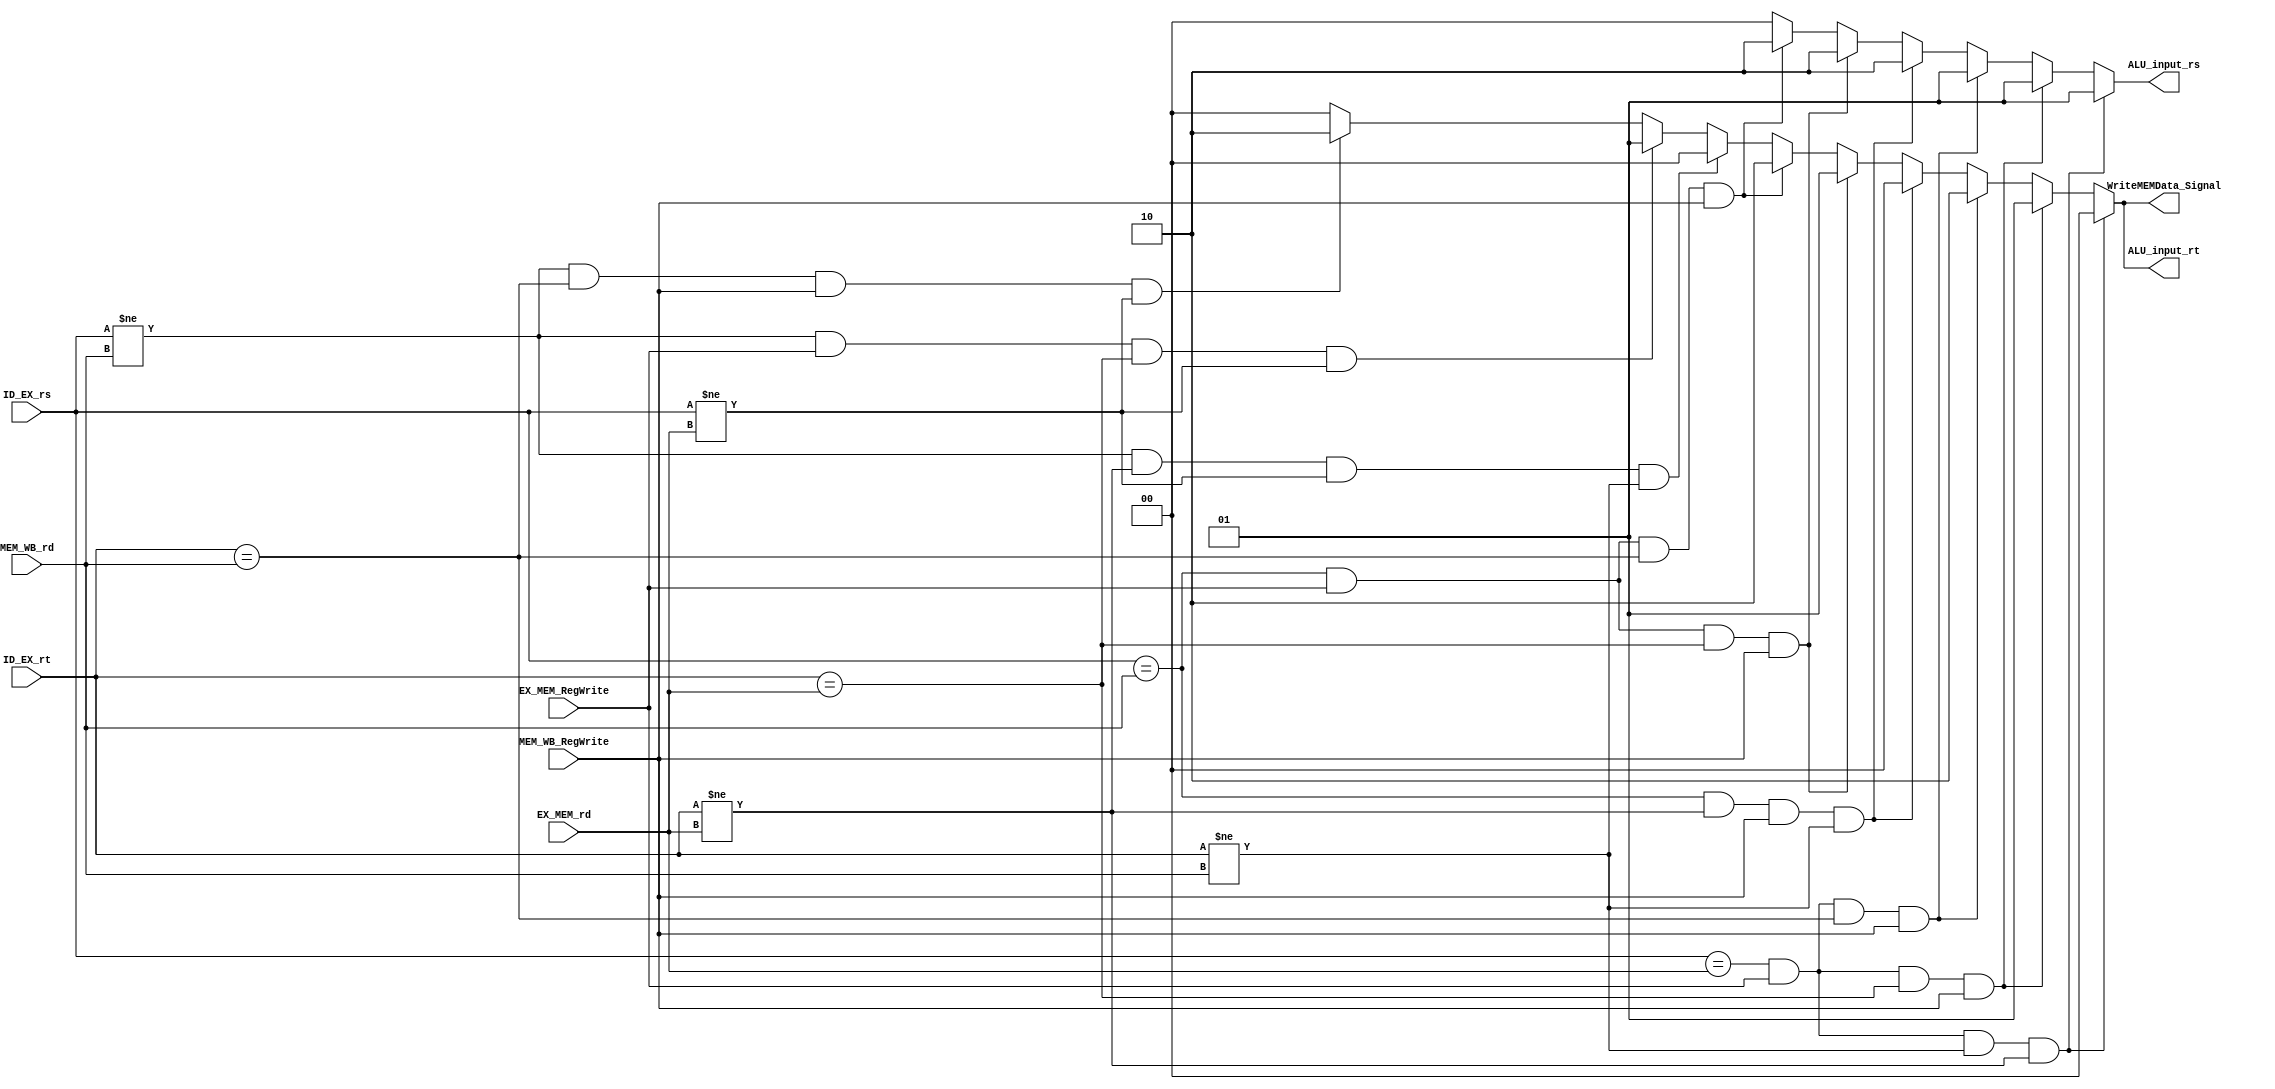
`timescale 1ns / 1ps

module ForwardingUnit(EX_MEM_RegWrite, EX_MEM_rd, MEM_WB_RegWrite, MEM_WB_rd, ID_EX_rs, ID_EX_rt, ALU_input_rs, ALU_input_rt, WriteMEMData_Signal);

    input EX_MEM_RegWrite, MEM_WB_RegWrite;
    input [4:0] EX_MEM_rd, MEM_WB_rd;
    input [4:0] ID_EX_rs, ID_EX_rt;
    output reg [1:0] WriteMEMData_Signal;
    output reg [1:0] ALU_input_rs, ALU_input_rt;
    // MUX SIGNAL KEY:
    // 0 --> value from ID_EX pipeline register
    // 1 --> forwarding from Memory
    // 2 --> forwarding from WriteBack


    initial begin
            ALU_input_rs <= 0;
            ALU_input_rt <= 0;
            WriteMEMData_Signal <= 0;
    end
        always @(*)begin
        if (ID_EX_rs == EX_MEM_rd && EX_MEM_RegWrite == 1 && ID_EX_rt != MEM_WB_rd /* && MEM_WB_RegWrite == 0 */ &&
                                                             ID_EX_rt != EX_MEM_rd)
        begin
            ALU_input_rs <= 1;
            ALU_input_rt <= 0;
            WriteMEMData_Signal <= 0;
        end
        // rs from EX_MEM   rt is default

        else if (ID_EX_rs == EX_MEM_rd && EX_MEM_RegWrite == 1 && ID_EX_rt == EX_MEM_rd && MEM_WB_RegWrite == 1)
        begin
            ALU_input_rs <= 1;
            ALU_input_rt <= 1;
            WriteMEMData_Signal <= 1;
        end
        // rs from EX_MEM   rt from EX_MEM

        else if (ID_EX_rs == EX_MEM_rd && EX_MEM_RegWrite == 1 && ID_EX_rt == MEM_WB_rd && MEM_WB_RegWrite == 1)
        begin
            ALU_input_rs <= 1;
            ALU_input_rt <= 2;
            WriteMEMData_Signal <= 2;
        end
        //Fix for lab7
        // else if (ID_EX_rs == EX_MEM_rd && EX_MEM_RegWrite == 1 && ID_EX_rs == MEM_WB_rd && MEM_WB_RegWrite == 1)
        // begin
        //     ALU_input_rs <= 1;
        //     ALU_input_rt <= 0;
        //     WriteMEMData_Signal <= 0;
        // end
        // rs from EX_MEM   rt from MEM_WB

        else if (ID_EX_rs == MEM_WB_rd && /* EX_MEM_RegWrite == 0 && */ ID_EX_rt != EX_MEM_rd && MEM_WB_RegWrite == 1 &&
                                                                   ID_EX_rt != MEM_WB_rd)
        begin
            ALU_input_rs <= 2;
            ALU_input_rt <= 0;
            WriteMEMData_Signal <= 0;
        end
        // rs from MEM_WB   rt is default

        else if (ID_EX_rs == MEM_WB_rd && EX_MEM_RegWrite == 1 && ID_EX_rt == EX_MEM_rd && MEM_WB_RegWrite == 1)
        begin
            ALU_input_rs <= 2;
            ALU_input_rt <= 1;
            WriteMEMData_Signal <= 1;
        end
        // rs from MEM_WB   rt from EX_MEM

        else if (ID_EX_rs == MEM_WB_rd  && EX_MEM_RegWrite == 1  && ID_EX_rt == MEM_WB_rd && MEM_WB_RegWrite == 1)
        begin
            ALU_input_rs <= 2;
            ALU_input_rt <= 2;
            WriteMEMData_Signal <= 2;
        end
        // rs from MEM_WB   rt from MEM_WB

        else if (ID_EX_rs != MEM_WB_rd /* && EX_MEM_RegWrite == 0 */ && ID_EX_rt != EX_MEM_rd /* && MEM_WB_RegWrite == 0 */ &&
            ID_EX_rs != EX_MEM_rd            &&                    ID_EX_rt != MEM_WB_rd)
        begin
            ALU_input_rs <= 0;
            ALU_input_rt <= 0;
            WriteMEMData_Signal <= 0;
        end
        // rs is default    rt is default

        else if (ID_EX_rs != MEM_WB_rd && EX_MEM_RegWrite == 1 && ID_EX_rt == EX_MEM_rd /* && MEM_WB_RegWrite == 0 */ &&
            ID_EX_rs != EX_MEM_rd)
        begin
            ALU_input_rs <= 0;
            ALU_input_rt <= 1;
            WriteMEMData_Signal <= 1;
        end
        // rs is default    rt from EX_MEM

        else if (ID_EX_rs != MEM_WB_rd /* && EX_MEM_RegWrite == 0 */ && ID_EX_rt == MEM_WB_rd && MEM_WB_RegWrite == 1 &&
            ID_EX_rs != EX_MEM_rd)
        begin
            ALU_input_rs <= 0;
            ALU_input_rt <= 2;
            WriteMEMData_Signal <= 2;
        end
        else begin
            ALU_input_rs <= 0;
            ALU_input_rt <= 0;
            WriteMEMData_Signal <= 0;
        end
        // rs is default    rt from MEM_WB
    end



endmodule